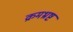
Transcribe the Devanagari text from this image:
क्रमभ्रष्ट